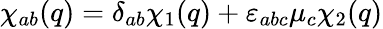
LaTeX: \chi_{ab}(q)=\delta_{ab}\chi_{1}(q)+\varepsilon_{abc}\mu_{c}\chi_{2}(q)